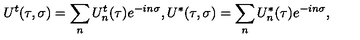
U ^ { t } ( \tau , \sigma ) = \sum _ { n } U _ { n } ^ { t } ( \tau ) e ^ { - i n \sigma } , U ^ { * } ( \tau , \sigma ) = \sum _ { n } U _ { n } ^ { * } ( \tau ) e ^ { - i n \sigma } ,